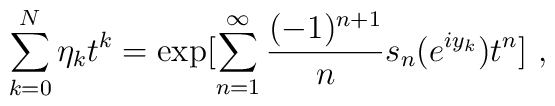
\sum_{k=0}^{N}\eta_{k}t^{k} =\exp[\sum_{n=1}^{\infty}\frac{(-1)^{n+1}}{n}s_{n}(e^{i y_{k}})t^{n}]\ ,